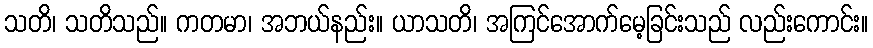
သတိ၊ သတိသည်။ ကတမာ၊ အဘယ်နည်း။ ယာသတိ၊ အကြင်အောက်မေ့ခြင်းသည် လည်းကောင်း။